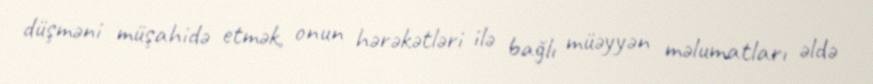
düşməni müşahidə etmək, onun hərəkətləri ilə bağlı müəyyən məlumatları əldə